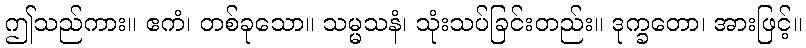
ဤသည်ကား။ ဧကံ၊ တစ်ခုသော။ သမ္မသနံ၊ သုံးသပ်ခြင်းတည်း။ ဒုက္ခတော၊ အားဖြင့်။